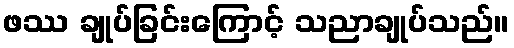
ဖဿ ချုပ်ခြင်းကြောင့် သညာချုပ်သည်။